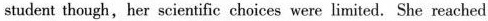
student though, her scientific choices were limited. She reached